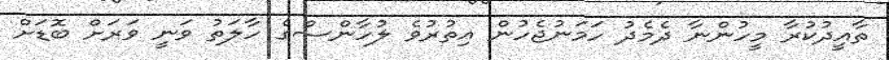
ތާއީދުކުރާ މީހުންނާ ދެމެދު ހަމަނުޖެހުން އިތުރުވެ ލުހާންސްގެ ހާލަތު ވަނީ ވަރަށް ބޮޑަށް